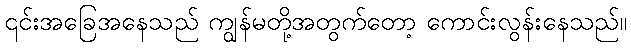
၎င်းအခြေအနေသည် ကျွန်မတို့အတွက်တော့ ကောင်းလွန်းနေသည်။